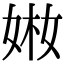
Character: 𡝋